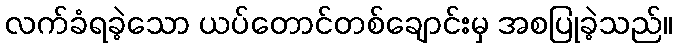
လက်ခံရခဲ့သော ယပ်တောင်တစ်ချောင်းမှ အစပြုခဲ့သည်။